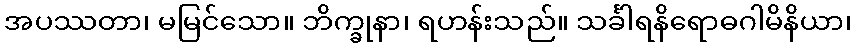
အပဿတာ၊ မမြင်သော။ ဘိက္ခုနာ၊ ရဟန်းသည်။ သင်္ခါရနိရောဓဂါမိနိယာ၊